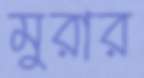
মুরার